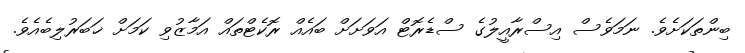
ބިންތަކަށެވެ. ނަމަވެސް އިސްރާއީލުގެ ސްޑެރޮޓް އަވަށަށް ބައެއް ރޮކެޓްތައް އަމާޒުވި ކަމަށް ޚަބަރުލިބެއެވެ.